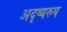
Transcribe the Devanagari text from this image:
अदृष्यरुप